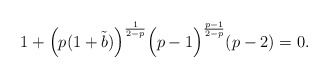
\begin{align*}1+\Big(p(1+\tilde{b})\Big)^{\frac{1}{2-p}}\Big(p-1\Big)^{\frac{p-1}{2-p}}(p-2)=0.\end{align*}